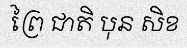
ព្រៃ ជាតិ បុន សិខ